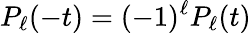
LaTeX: P_{\ell}(-t)=(-1)^{\ell}P_{\ell}(t)